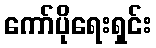
ကော်ပိုရေးရှင်း